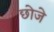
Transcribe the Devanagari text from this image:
छोजे